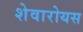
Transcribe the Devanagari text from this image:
शेवारोयस